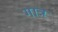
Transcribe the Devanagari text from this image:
गात्र